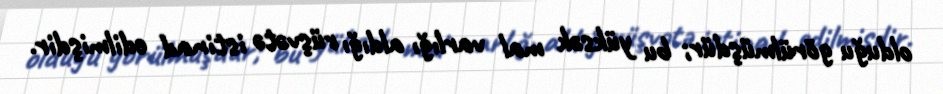
olduğu görülmüşdür; bu yüksək mal varlığı aldığı rüşvətə istinad edilmişdir.